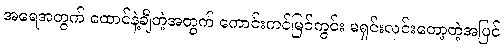
အရေအတွက် ထောင်နဲ့ချီတဲ့အတွက် ကောင်းကင်မြင်ကွင်း မရှင်းလင်းတော့တဲ့အပြင်